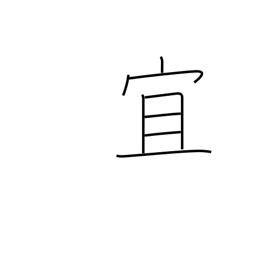
Meaning: best regards